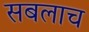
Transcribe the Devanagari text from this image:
सबलाच